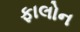
ફાલોન